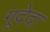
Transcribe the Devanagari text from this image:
गूदेदा